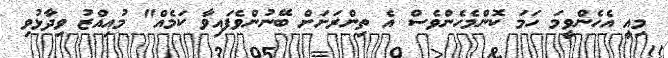
މިއީ އެހެންވީމަ ހަމަ ކޮންމެހެންވެސް އެ ތިންރަށަށް ބޭނުންވެފައިވާ ކަމެއް" މުއިއްޒު ވިދާޅުވި